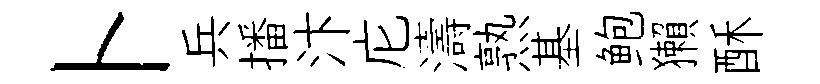
卜兵播汴庀濤熟基鲍獺酥